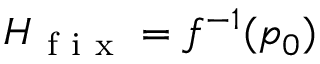
H _ { \mathrm { ~ f ~ i ~ x ~ } } = f ^ { - 1 } ( p _ { 0 } )